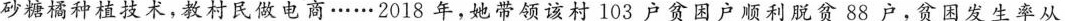
砂糖橘种植技术，教村民做电商……2018年，她带领该村103户贫困户顺利脱贫88户，贫困发生率从